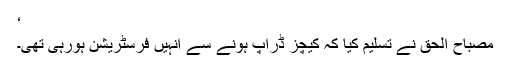
‘
مصباح الحق نے تسلیم کیا کہ کیچز ڈراپ ہونے سے انہیں فرسٹریشن ہورہی تھی۔